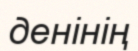
денінің